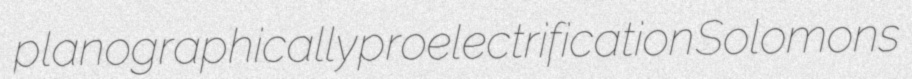
planographically proelectrification Solomons